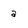
Character: a